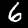
Digit: 6